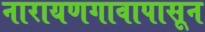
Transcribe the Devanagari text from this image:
नारायणगावापासून